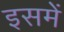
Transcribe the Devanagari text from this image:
इसमेें